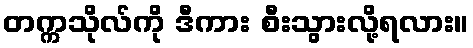
တက္ကသိုလ်ကို ဒီကား စီးသွားလို့ရလား။